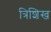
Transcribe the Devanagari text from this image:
त्रिशिख